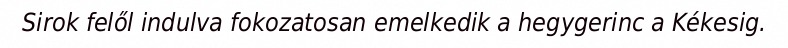
Sirok felől indulva fokozatosan emelkedik a hegygerinc a Kékesig.